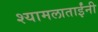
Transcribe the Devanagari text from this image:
श्यामलाताईंनी